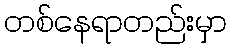
တစ်နေရာတည်းမှာ